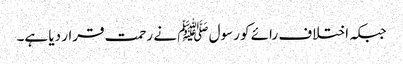
جبکہ اختلاف رائے کو رسول ﷺ نے رحمت قرار دیا ہے۔